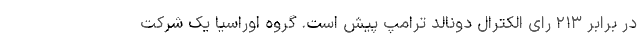
در برابر ۲۱۳ رای الکترال دونالد ترامپ پیش است. گروه اوراسیا یک شرکت